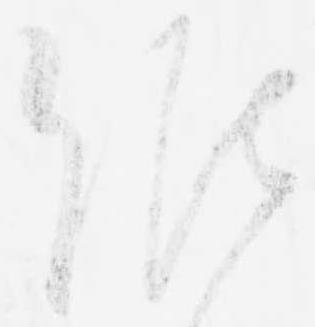
候